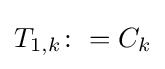
T_{1,k}\colon =C_{k}